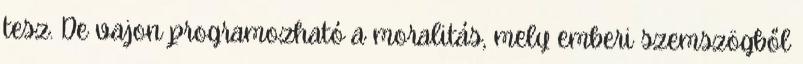
tesz. De vajon programozható a moralitás, mely emberi szemszögből